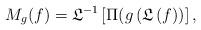
LaTeX: \begin{align*} M_g(f) = {\mathfrak L}^{-1} \left[ \Pi (g \left({\mathfrak L}\left(f \right)\right) \right], \end{align*}